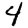
Digit: 4